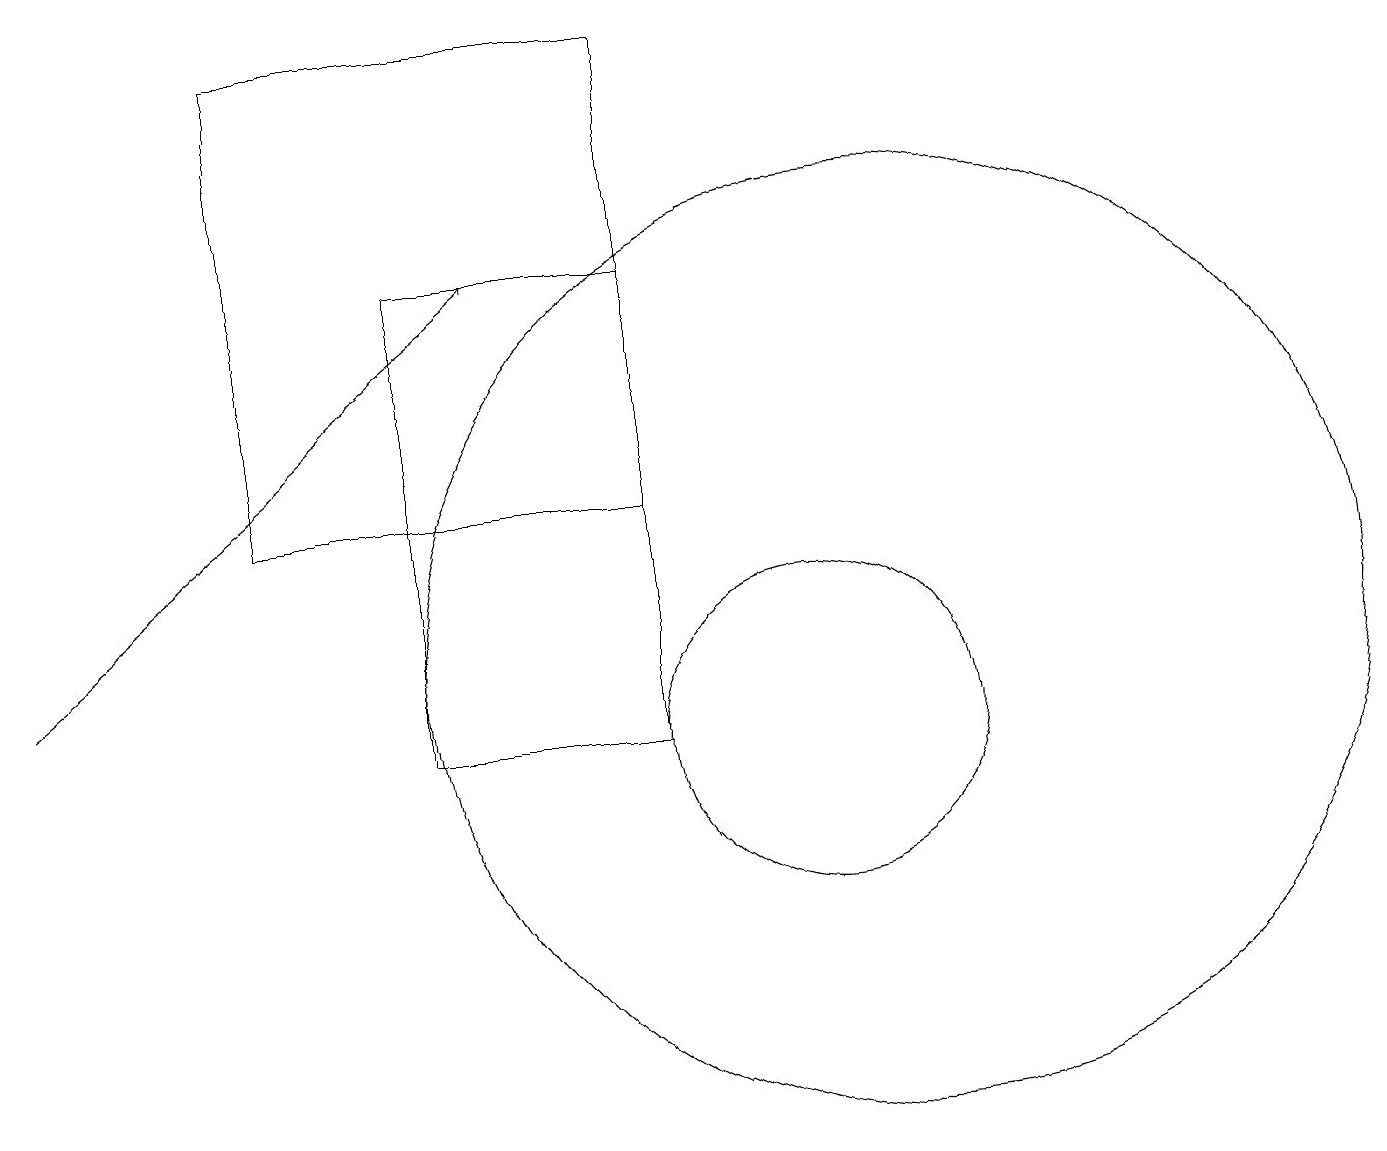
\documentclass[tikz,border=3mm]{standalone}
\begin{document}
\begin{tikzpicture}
\draw (9,13) rectangle (4,19);
\draw (12,11) circle (6);
\draw[->] (1,11) -- (7,16);
\draw (11,10) circle (2);
\draw (6,10) rectangle (9,16);
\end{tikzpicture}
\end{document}